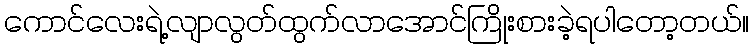
ကောင်လေးရဲ့လျာလွတ်ထွက်လာအောင်ကြိုးစားခဲ့ရပါတော့တယ်။